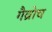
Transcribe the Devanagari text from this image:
गैव्रोच